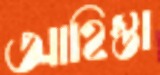
আহিস্তা